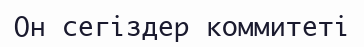
Он сегіздер коммитеті